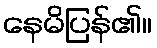
နေမိပြန်၏။